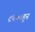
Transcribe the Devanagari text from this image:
८५००हून